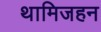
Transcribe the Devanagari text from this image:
थामिजहन